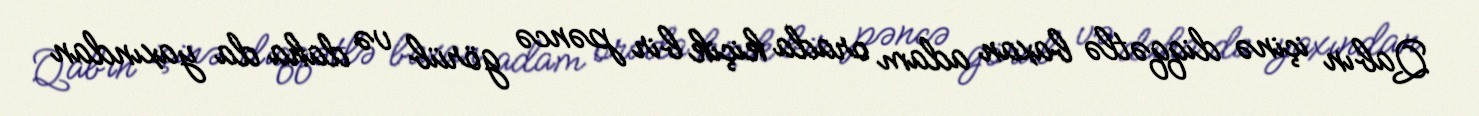
Qabın içinə diqqətlə baxan adam orada kiçik bir pəncə görüb və daha da yaxından